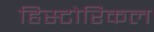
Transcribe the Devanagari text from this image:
हिस्‍टोरिकल